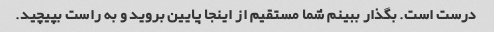
درست است. بگذار ببینم شما مستقیم از اینجا پایین بروید و به راست بپیچید.